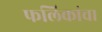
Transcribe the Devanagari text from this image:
फलिकांचा